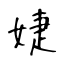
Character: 婕